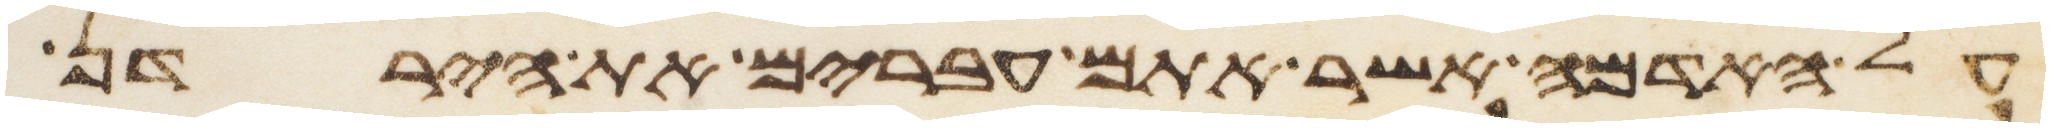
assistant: על האדמה אשר אתם עברים את הירדן